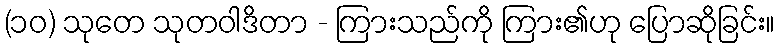
(၁၀) သုတေ သုတဝါဒိတာ - ကြားသည်ကို ကြား၏ဟု ပြောဆိုခြင်း။